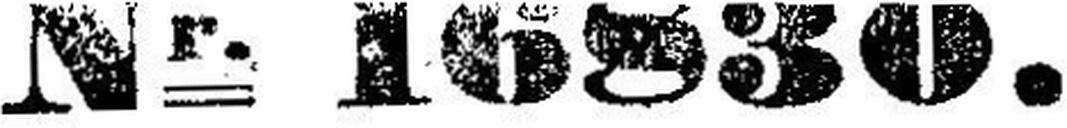
Nr. 16830.